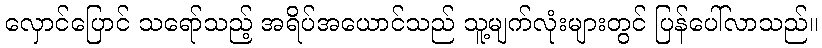
လှောင်ပြောင် သရော်သည့် အရိပ်အယောင်သည် သူ့မျက်လုံးများတွင် ပြန်ပေါ်လာသည်။